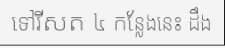
ទៅរីសត ៤ កន្លែងនេះ ដឹង